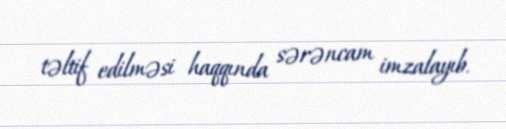
təltif edilməsi haqqında sərəncam imzalayıb.